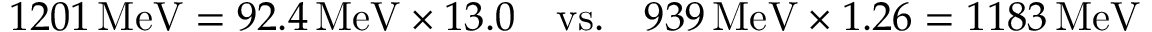
1 2 0 1 \, \mathrm { M e V } = 9 2 . 4 \, \mathrm { M e V } \times 1 3 . 0 \quad \mathrm { v s . } \quad 9 3 9 \, \mathrm { M e V } \times 1 . 2 6 = 1 1 8 3 \, \mathrm { M e V }